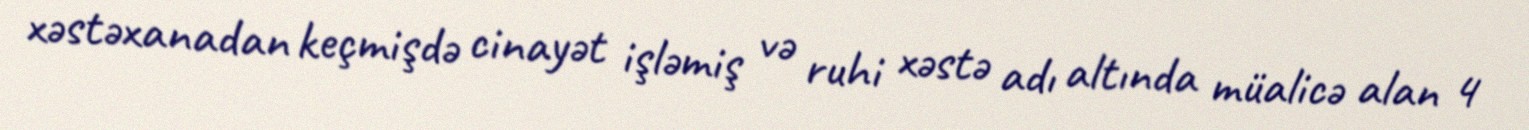
xəstəxanadan keçmişdə cinayət işləmiş və ruhi xəstə adı altında müalicə alan 4